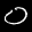
Label: 0